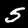
Digit: 5